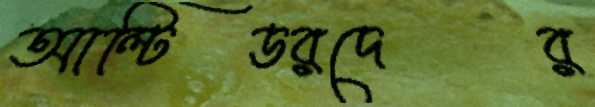
আল্টিডরদের